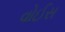
વોઈસ